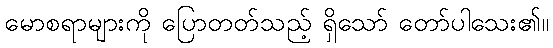
မောစရာများကို ပြောတတ်သည့် ရှိသော် တော်ပါသေး၏။